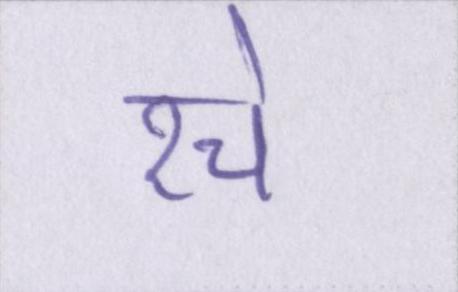
रचे